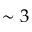
\sim 3